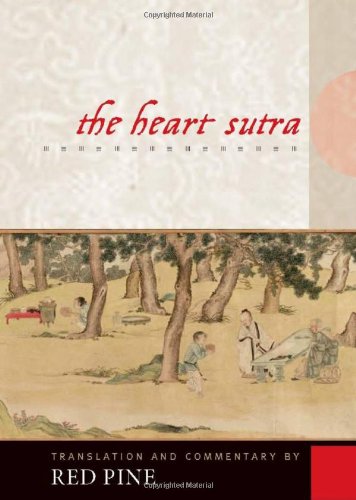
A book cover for The Heart Sutra; Religion & Spirituality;